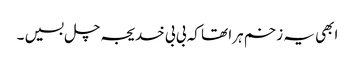
ابھی یہ زخم ہرا تھا کہ بی بی خدیجہ چل بسیں ۔